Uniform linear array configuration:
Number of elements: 16
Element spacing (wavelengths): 0.25
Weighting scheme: exponential
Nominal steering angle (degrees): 15
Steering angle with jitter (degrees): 15.537
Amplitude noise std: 0.05
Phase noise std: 0.05

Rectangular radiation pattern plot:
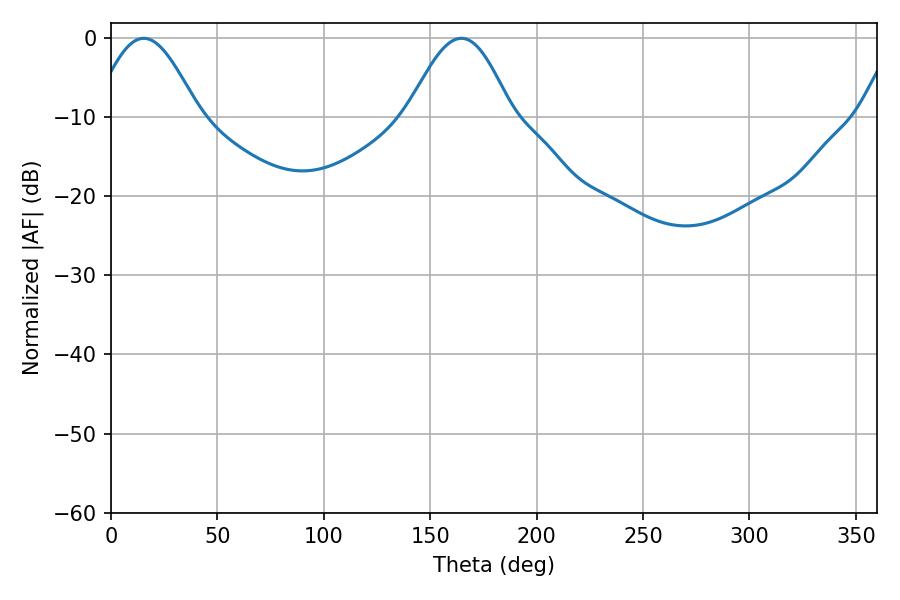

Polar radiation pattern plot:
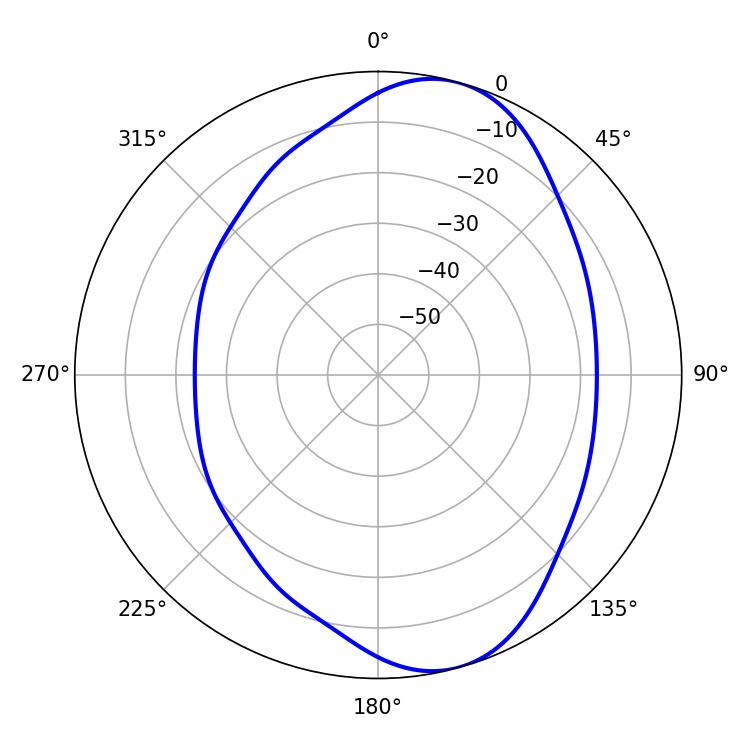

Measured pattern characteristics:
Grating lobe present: FALSE
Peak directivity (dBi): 8.28
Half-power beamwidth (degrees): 26.1
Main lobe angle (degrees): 15.3